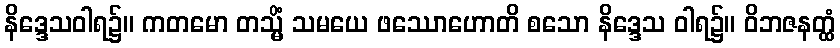
နိဒ္ဒေသဝါရ၌။ ကတမော တသ္မိံ သမယေ ဖဿောဟောတိ စသော နိဒ္ဒေသ ဝါရ၌။ ဝိဘဇနတ္ထံ